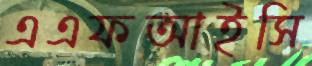
এএফআইসি